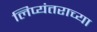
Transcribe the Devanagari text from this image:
लिप्यंतराच्या